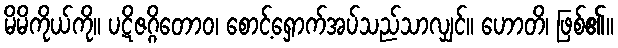
မိမိကိုယ်ကို။ ပဋိဇဂ္ဂိတောဝ၊ စောင့်ရှောက်အပ်သည်သာလျှင်။ ဟောတိ၊ ဖြစ်၏။